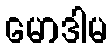
မောဒါမ